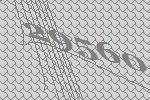
29560